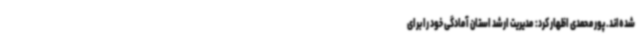
شده‌اند. پورمحمدی اظهار کرد: مدیریت ارشد استان آمادگی خود را برای